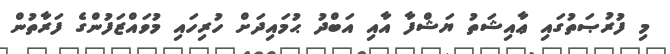
މި ފުރުޞަތުގައި ޢާއިޝަތު ޔަޝްފާ އާއި އަބްދު ޙުމައިދަށް ހުރިހައި މުވައްޒަފުންގެ ފަރާތުން